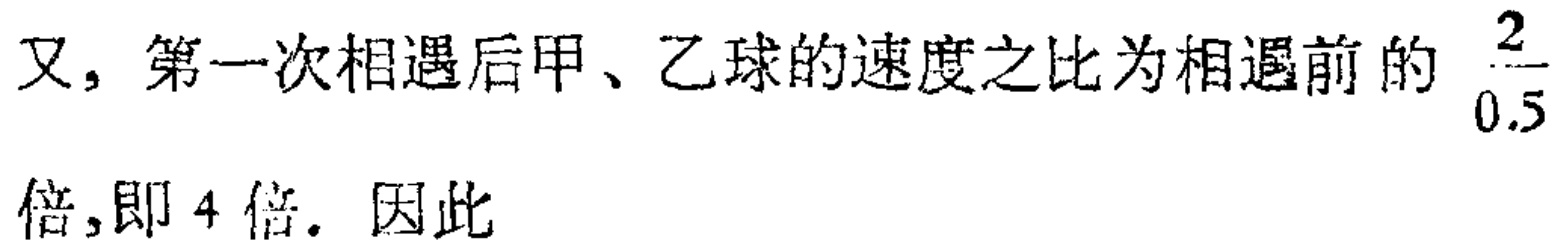
又，第一次相遇后甲、乙球的速度之比为相遇前的 $\frac{2}{0.5}$ 倍，即 4 倍。因此